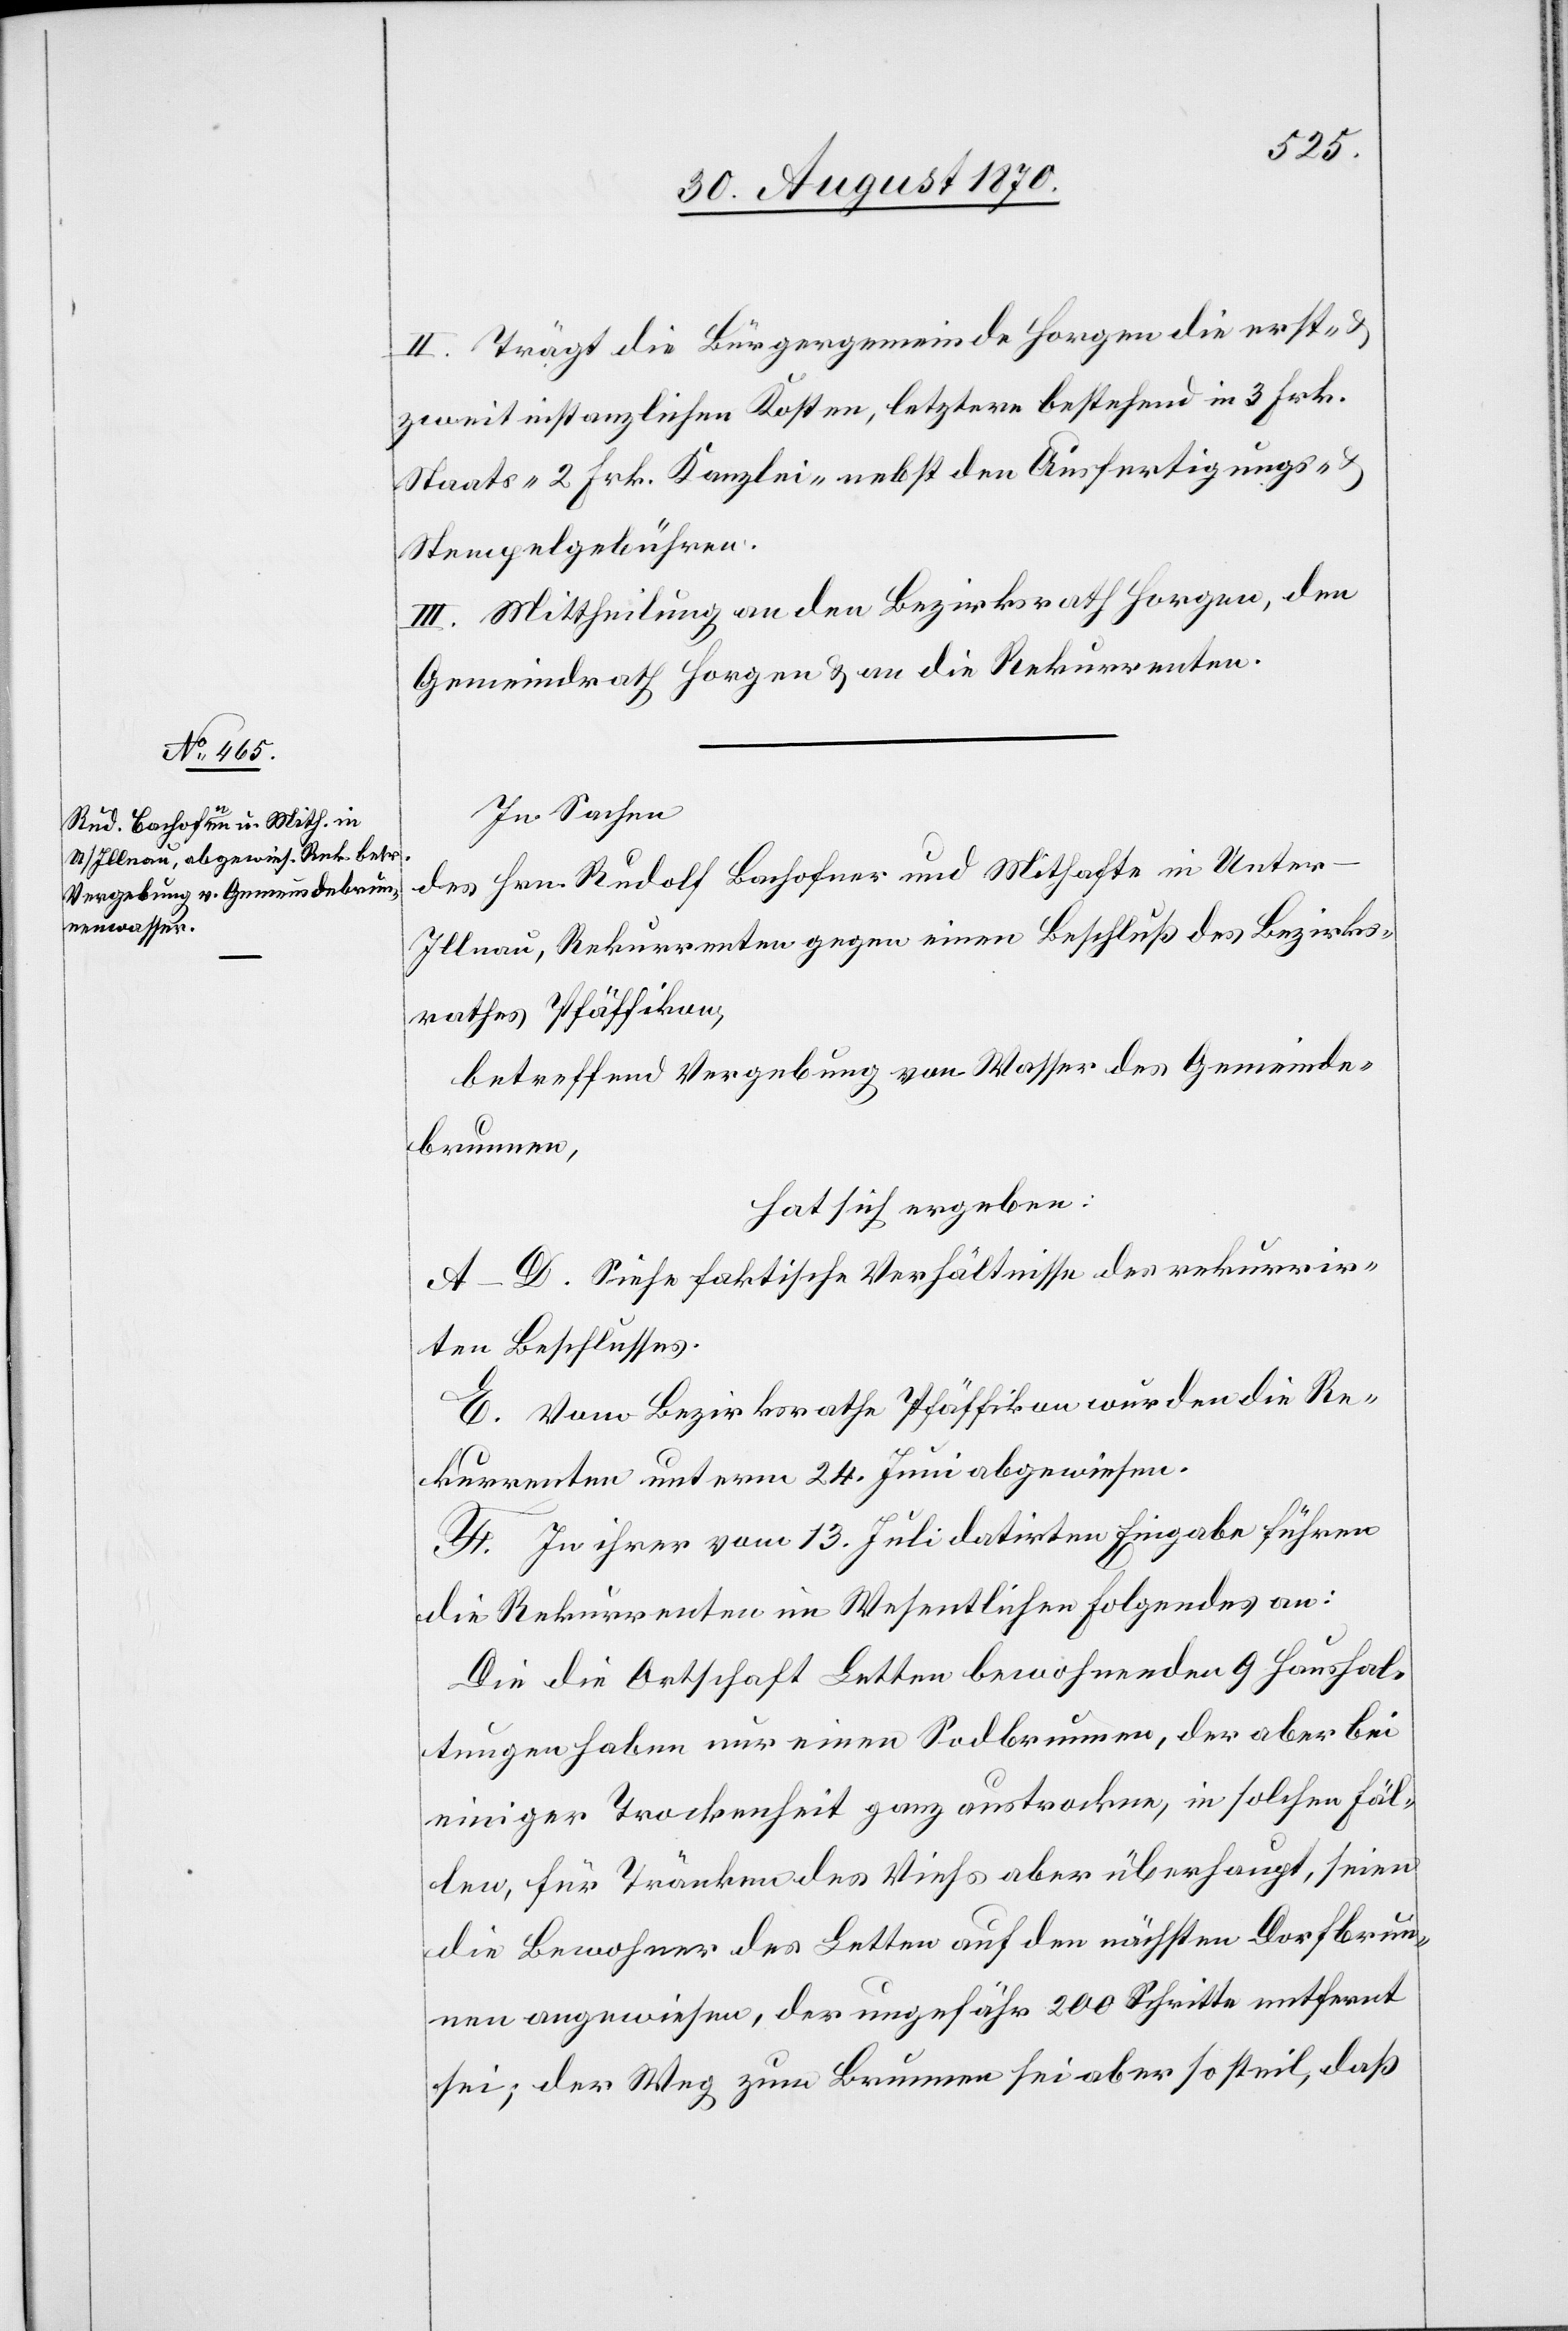
II. Trägt die Bürgergemeinde Horgen die erst- &
zweitinstanzlichen Kosten, letztere bestehend in 3 Frk.
Staats- 2 Frk. Kanzlei- nebst den Ausfertigungs-
Stempelgebühren.
III. Mittheilung an den Bezirksrath Horgen, den
Gemeindrath Horgen & an die Rekurrenten.
In Sachen
des Hrn. Rudolf Bachofner und Mithafte in Unter-I¬
llnau, Rekurrenten gegen einen Beschluß des Bezirks¬
rathes Pfäffikon,
betreffend Vergebung von Wasser des Gemeinde¬
brunnen,
hat sich ergeben:
A–D. Siehe faktische Verhältnisse des rekurrir¬
ten Beschlusses.
E. Vom Bezirksrathe Pfäffikon wurden die Re¬
kurrenten unterm 24. Juni abgewiesen.
F. In ihrer vom 13. Juli datirten Eingabe führen
die Rekurrenten im Wesentlichen Folgendes an:
Die die Ortschaft Letten bewohnenden 9 Haushal¬
tungen haben nur einen Sodbrunnen, der aber bei
einiger Trockenheit ganz austrockne, in solchen Fäl¬
len, für Tränken des Viehs aber überhaupt, seien
die Bewohner des Letten auf den nächsten Dorfbrun¬
nen angewiesen, der ungefähr 200 Schritte entfernt
sei; der Weg zum Brunnen sei aber so steil, daß